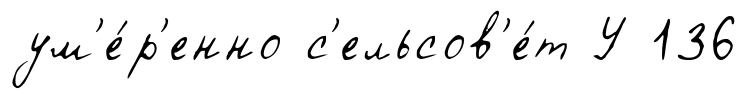
ум'е́р'енно с'ельсов'е́т У 136